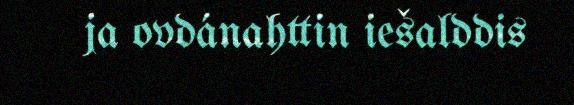
ja ovdánahttin iešalddis